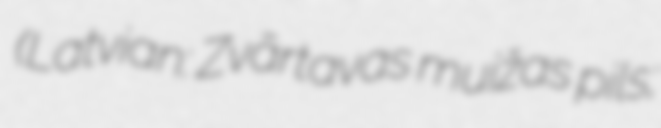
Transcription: (Latvian: Zvārtavas muižas pils;